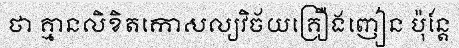
ថា គ្មានលិខិតកោសល្យវិច័យគ្រឿងញៀន ប៉ុន្តែ